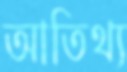
আতিথ্য